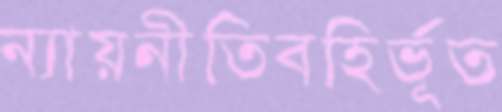
ন্যায়নীতিবহির্ভূত